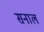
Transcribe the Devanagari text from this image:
सनाल